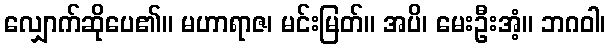
လျှောက်ဆိုပေ၏။ မဟာရာဇ၊ မင်းမြတ်။ အပိ၊ မေးဦးအံ့။ ဘဂဝါ၊